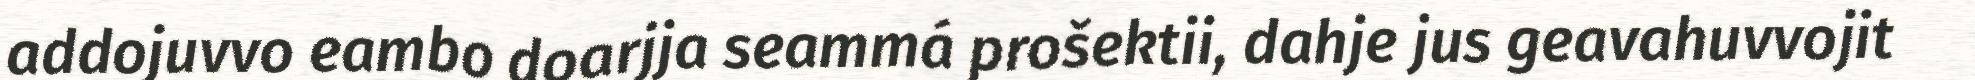
addojuvvo eambo doarjja seammá prošektii, dahje jus geavahuvvojit